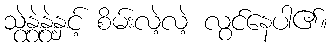
သွဲ့နွဲ့နွဲ့နှင့် စိမ်းလဲ့လဲ့ လွင်နေပါ၏။